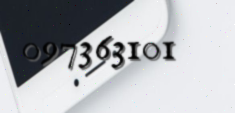
097363101